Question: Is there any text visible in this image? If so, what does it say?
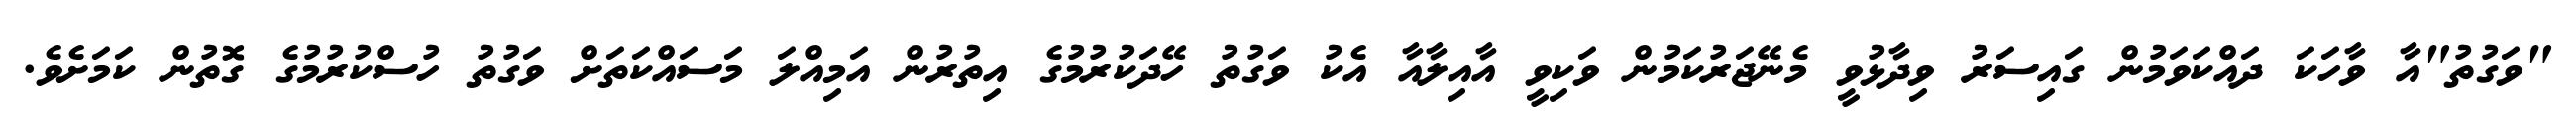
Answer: "ވަގުތު"އާ ވާހަކަ ދައްކަވަމުން ގައިސަރު ވިދާޅުވީ މެނޭޖަރުކަމުން ވަކިވީ އާއިލާއާ އެކު ވަގުތު ހޭދަކުރުމުގެ އިތުރުން އަމިއްލަ މަސައްކަތަށް ވަގުތު ހުސްކުރުމުގެ ގޮތުން ކަމަށެވެ.